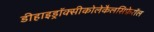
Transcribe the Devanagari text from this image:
डीहाइड्रॉक्सीकोलेकैलसिफ़ेरॉल